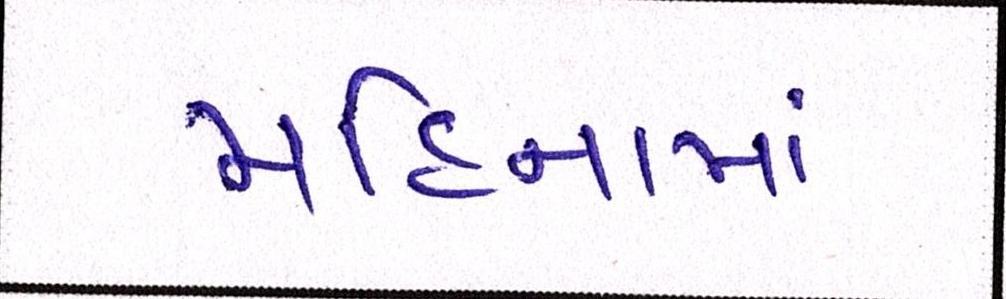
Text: મહિનામાં